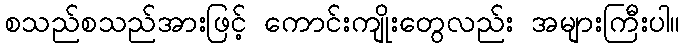
စသည်စသည်အားဖြင့် ကောင်းကျိုးတွေလည်း အများကြီးပါ။